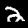
Digit: 2